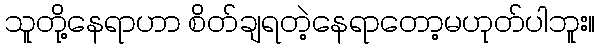
သူတို့နေရာဟာ စိတ်ချရတဲ့နေရာတော့မဟုတ်ပါဘူး။